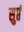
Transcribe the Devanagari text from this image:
सुप्तं